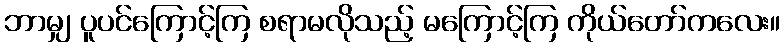
ဘာမျှ ပူပင်ကြောင့်ကြ စရာမလိုသည့် မကြောင့်ကြ ကိုယ်တော်ကလေး။